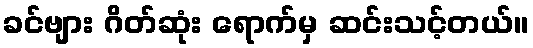
ခင်ဗျား ဂိတ်ဆုံး ရောက်မှ ဆင်းသင့်တယ်။